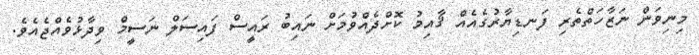
މިނިވަން ނަޒާހަތްތެރި ފަނޑިޔާރުގެއެއް ޤާއިމު ކޮށްދެއްވުމަށް ނައިބު ރައީސް ފައިސަލް ނަސީމް ވިދާޅުވެއްޖެއެވެ.